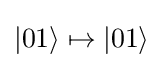
|01\rangle \mapsto |01\rangle